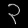
Digit: ၃